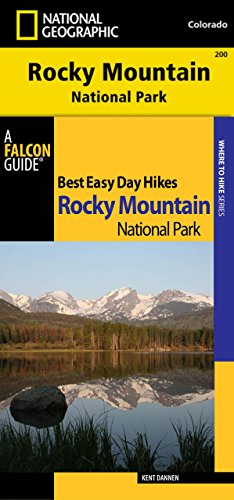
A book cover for Best Easy Day Hiking Guide and Trail Map Bundle: Rocky Mountain National Park (Best Easy Day Hikes Series); Kent Dannen; Travel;